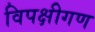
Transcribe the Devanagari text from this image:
विपक्षीगण